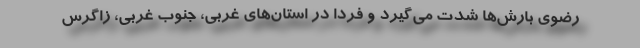
رضوی بارش‌ها شدت می‌گیرد و فردا در استان‌های غربی، جنوب غربی، زاگرس